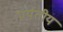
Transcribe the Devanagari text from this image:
पर्यतीय